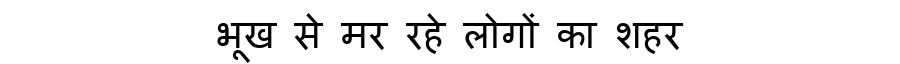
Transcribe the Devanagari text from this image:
भूख से मर रहे लोगों का शहर